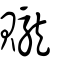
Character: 贚